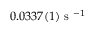
0 . 0 3 3 7 ( 1 ) \textrm { s } ^ { - 1 }